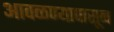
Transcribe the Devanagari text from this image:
आवळण्यापासून